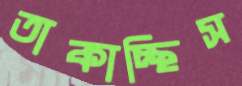
তাকাচ্ছিস